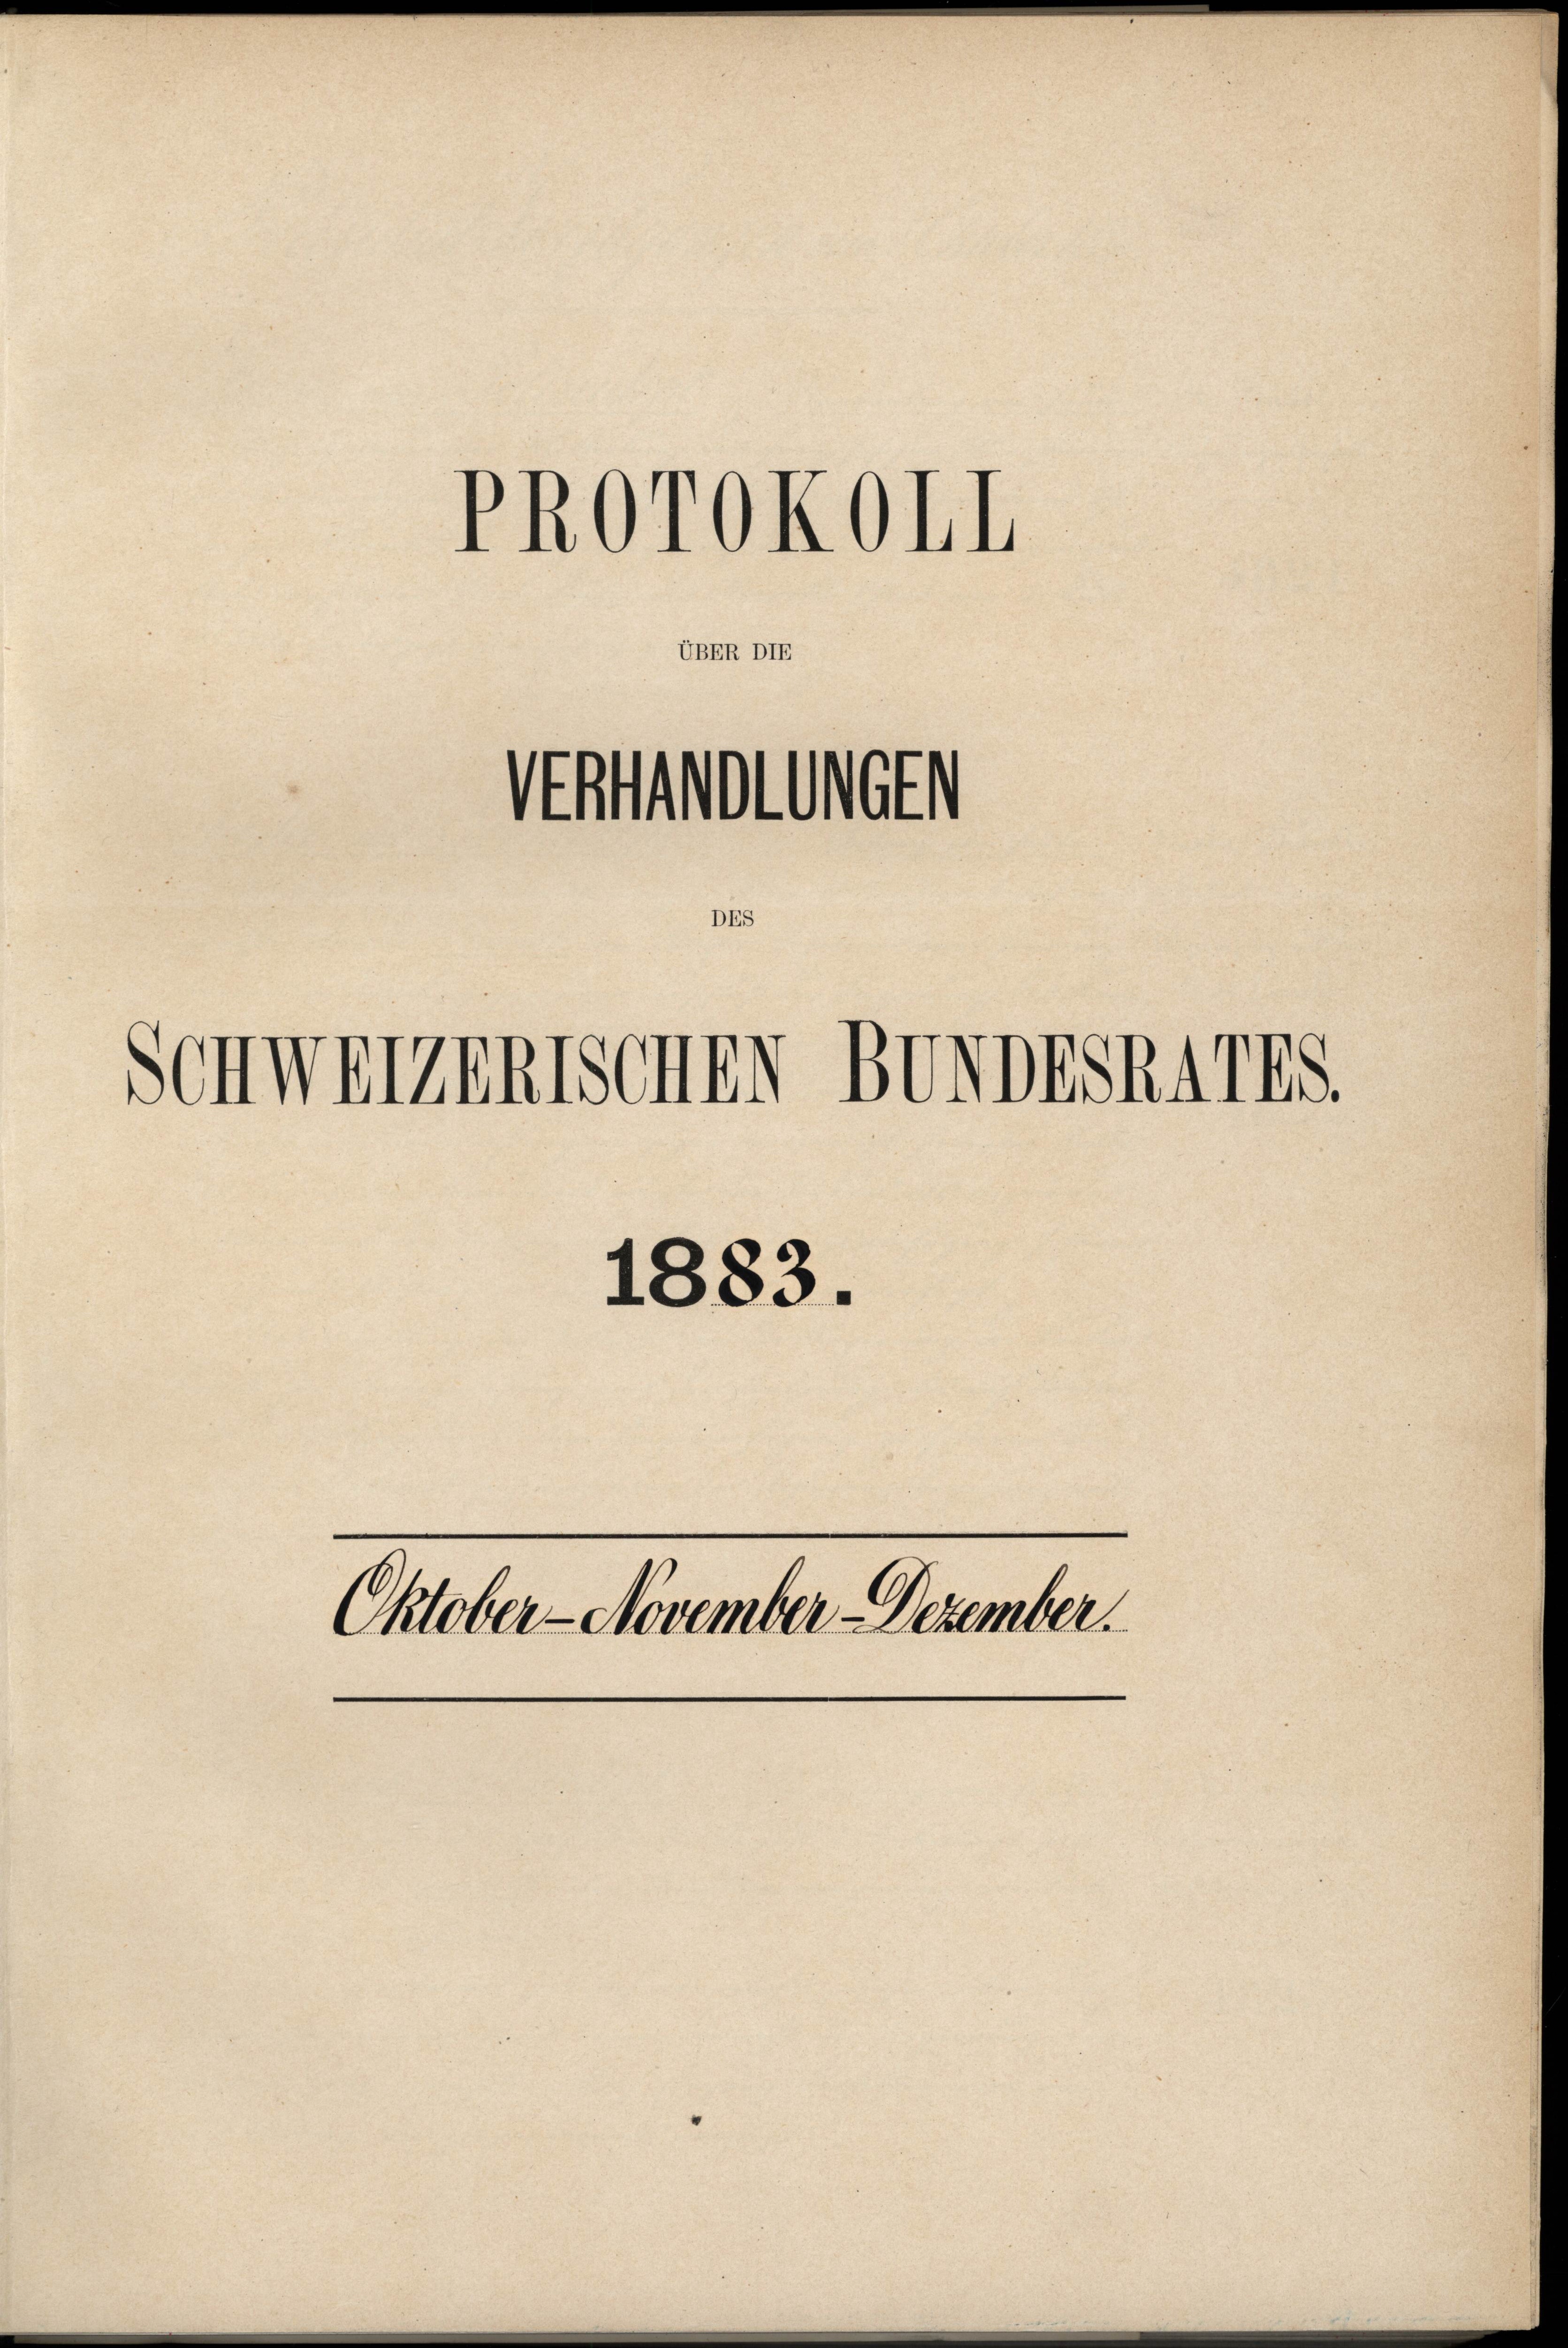
Schweizerischen BevorSR4748.

PROrOKOLL
UBER DIE

Stollen

1883.
Oktober-November Dezember.

DE